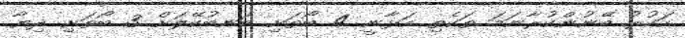
ހަކުރު ބޭނުންކުރާނަމަ ތަކެތި އަޅާނީ 4 ބޯތަށި ބަނބުކޭލަށް 3 ބޯތަށި ދިޔާ